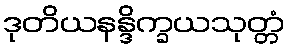
ဒုတိယနန္ဒိက္ခယသုတ္တံ